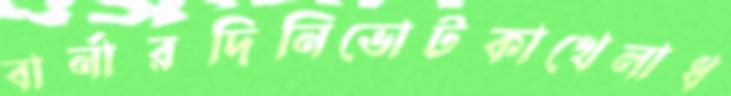
বার্নারদিনিভোটকাখেলাধ